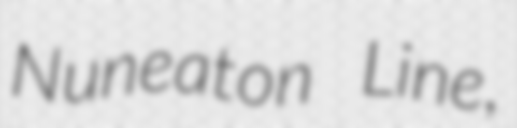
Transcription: Nuneaton Line,